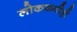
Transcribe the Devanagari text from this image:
लोककवीही